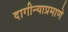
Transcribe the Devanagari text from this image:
दागीन्याप्रमाणे